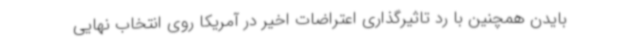
بایدن همچنین با رد تاثیرگذاری اعتراضات اخیر در آمریکا روی انتخاب نهایی